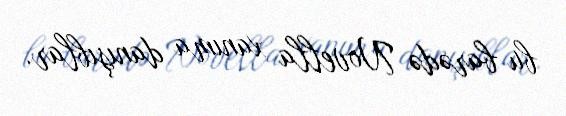
bu barədə Novella xanıma danışıblar.